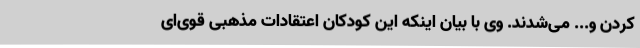
کردن و... می‌شدند. وی با بیان اینکه این کودکان اعتقادات مذهبی قوی‌ای